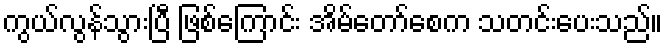
ကွယ်လွန်သွားပြီ ဖြစ်ကြောင်း အိမ်တော်စေက သတင်းပေးသည်။